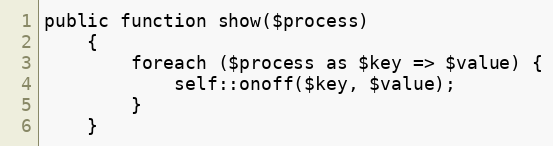
Language: PHP
public function show($process)
    {
        foreach ($process as $key => $value) {
            self::onoff($key, $value);
        }
    }